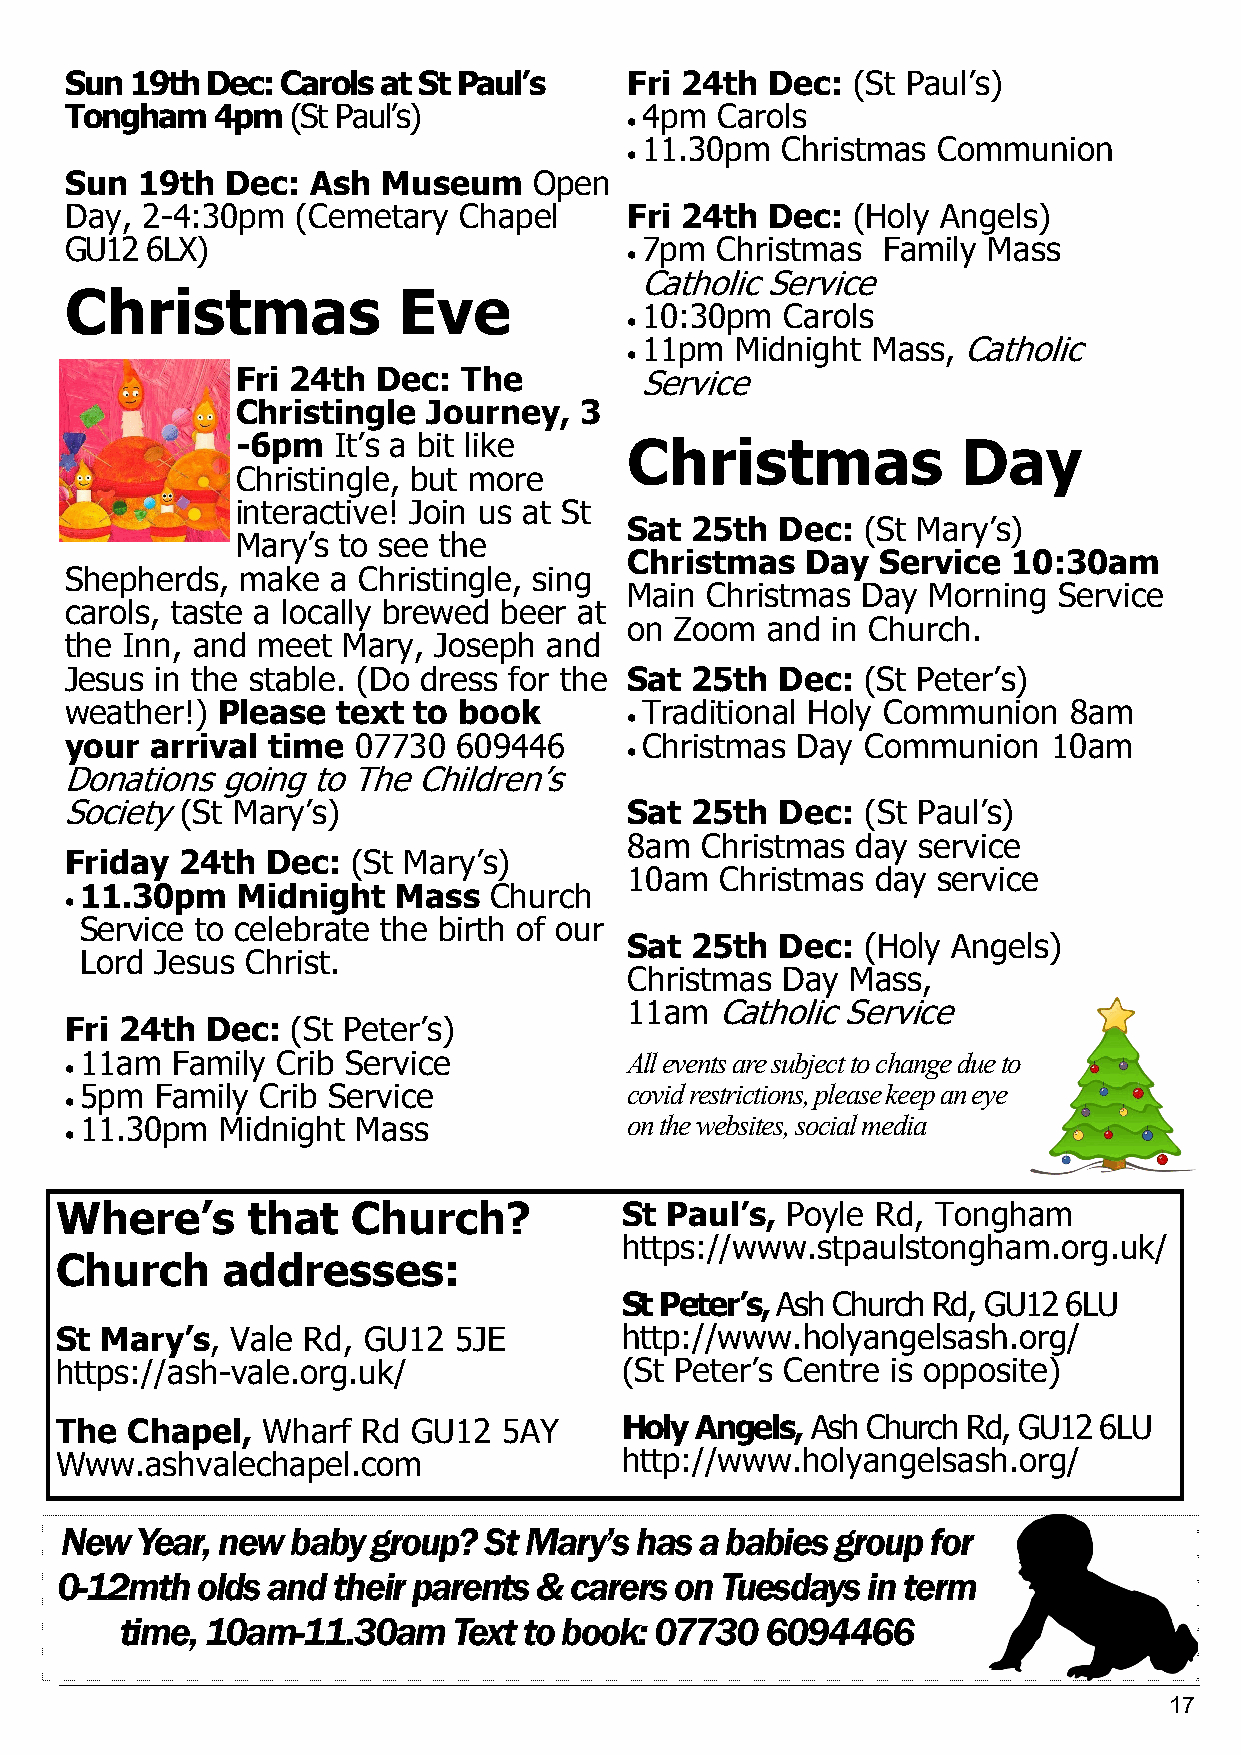
Sun  19th Dec: Carols at St Paul’s    Fri 24th Dec: (St Paul’s)
 Tongham   4pm  (St Paul’s)            4pm  Carols
 •
 11.30pm   Christmas Communion
 •
 Sun  19th  Dec:  Ash Museum    Open
 Day, 2-4:30pm   (Cemetary Chapel      Fri 24th Dec: (Holy Angels)
 GU12  6LX)                            7pm  Christmas  Family Mass
 •
 Catholic Service
 Christmas             Eve
 10:30pm   Carols
 •
 11pm   Midnight Mass, Catholic
 •
 Fri 24th Dec:  The        Service
 Christingle Journey,  3
 -6pm  It’s a bit like     Christmas             Day
 Christingle, but more
 interactive! Join us at St
 Sat 25th  Dec: (St Mary’s)
 Mary’s to see the
 Christmas  Day  Service  10:30am
 Shepherds,  make  a Christingle, sing
 Main Christmas Day Morning  Service
 carols, taste a locally brewed beer at
 on Zoom  and in Church.
 the Inn, and meet  Mary, Joseph and
 Jesus in the stable. (Do dress for the Sat 25th Dec: (St Peter’s)
 weather!) Please  text to book        Traditional Holy Communion   8am
 •
 your  arrival time 07730  609446      Christmas  Day Communion    10am
 •
 Donations  going to The Children’s
 Society (St Mary’s)                   Sat 25th  Dec: (St Paul’s)
 8am Christmas  day service
 Friday  24th  Dec: (St Mary’s)
 10am  Christmas day service
 11.30pm    Midnight  Mass  Church
 •
 Service to celebrate the birth of our
 Sat 25th  Dec: (Holy Angels)
 Lord Jesus Christ.
 Christmas Day Mass,
 11am Catholic Service
 Fri 24th  Dec: (St Peter’s)
 11am  Family Crib Service            All events are subject to change due to
 •
 •
 5pm  Family Crib Service             covid restrictions, please keep an eye
 11.30pm   Midnight Mass              on the websites, social media
 •
 Where’s     that   Church?           St Paul’s, Poyle Rd, Tongham
 https://www.stpaulstongham.org.uk/
 Church     addresses:
 St Peter’s, Ash Church Rd, GU12 6LU
 St Mary’s, Vale Rd, GU12  5JE        http://www.holyangelsash.org/
 https://ash-vale.org.uk/             (St Peter’s Centre is opposite)
 The Chapel,  Wharf  Rd GU12  5AY     Holy Angels, Ash Church Rd, GU12 6LU
 Www.ashvalechapel.com                http://www.holyangelsash.org/
 New  Year, new baby  group? St Mary’s has a babies group  for
 0-12mth  olds and their parents & carers on Tuesdays in term
 time, 10am-11.30am    Text to book: 07730  6094466
 17